Leaving Certificate Examination, 1911
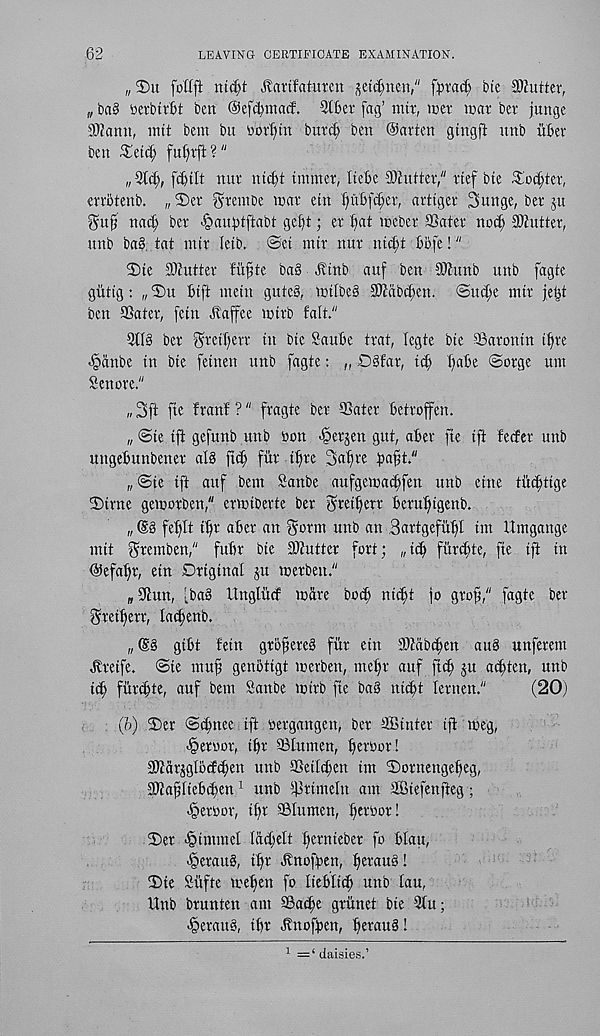
62
LEAVING CERTIFICATE EXAMINATION.
„2)u joflft ntd)t JtaiifatnTcn get^nen," fliracfe bte Gutter,
„ baS oerbirbt ben ©efctymaif. Stber fag’ nut, tuer mar bev junge
9)?ann, nut bem bu nortitn butcf; ben ©arten gingjt nub iiBev
ben £etcff fufnft?"
„9t(|,
nur nicfyt immer, Itebe Shutter/' ttef bte ^Iccfter,
errotenb. „ 2)er gfranbe tnav etn f)ut)fc{)er, atttget Sunge, bet - ju
nat^ ber -§auptftabt gel)t; er t)at ineber SSater noc^ Gutter,
unb ba§. tat mtr letb. ©et mtr nuv ntd;t Bbfe!"
2)te SDiutter fuftte ba§ jltnb auf ben 30hmb unb fagte
giitig: „©u Sift mein gutc§, mtlbeS SKabtfyen. ©ud;e mtt jet^t
ben SSater, fetn .ivaffce mirb fait."
21I§ bev ^retf)en- in bte Saute trat, legte bte 9Sarontn ttyte
^anbe in bie feinen unb fagte: „ £)§far, tct I)ate ©orge tun
Senove."
„3ft fie fvanf?" fvagte bev 53atev tetvoffen.
„ ©te tft gefunb unb toon -6evjen gut, atev fie ift feefev unb
uugetunbenev al§ ftct fuv ffve 2>afve t^Bt."
„©te tft auf bem Sanbe aufgenjac^fen unb cine tit^tige
©tvne gemovDen," evmibevte bev $veit)cvv bcntfigenb.
„
feflt if)v atev an Sovm unb an Bnvtgefuffl tm Umgange
mit gvemben," futv bie IDtuttev fovt; „ id) fitvcfite, fte tft in
©efal)v, etn Dvigtnal ju mevbett."
„ Sdun, [bat Unglitcf mitve btxt nictt jo gvof," fagte bev
gveifevv, lactenb.
„ ©§ gitt fetn gvofevet fitv etn aiMbcfen aut unfevem
.ftvetfe. ©te muf; genotigt mevben, mef)v auf ftct) ju act)ten, unb
tcf> fiivctte, auf bem Sanbe tmvb fte bat nictt Icvnen."
(20)
(o) 2)ev ©itnee ift nevgangen, bev SBintev ift meg,
<§evwov, itv ©lumen, feroov!
SOtavjgttcfcten unb SSeiltten im ©ovnengeteg,
SOtaflietcten 1 unb ©vimetn am SBtefenfieg;
-§ev»ov, if)v ©lumen, teniov!
©ev .§immet lattelt tevnieoev fo ttau,
Levant, itv Jfnoften, t^vaut!
©te Si’tfte meten fo lietlict unb tau,
Unb bvunten am ©acte gvitnet bte 3tu;
-§evatt§, itv JTnoften, tewuS!
1 =‘ daisies.’